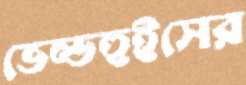
ভেল্ডহুইসের